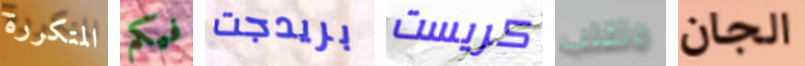
المتكررة فيكم بريدجت كريست متقلب الجان